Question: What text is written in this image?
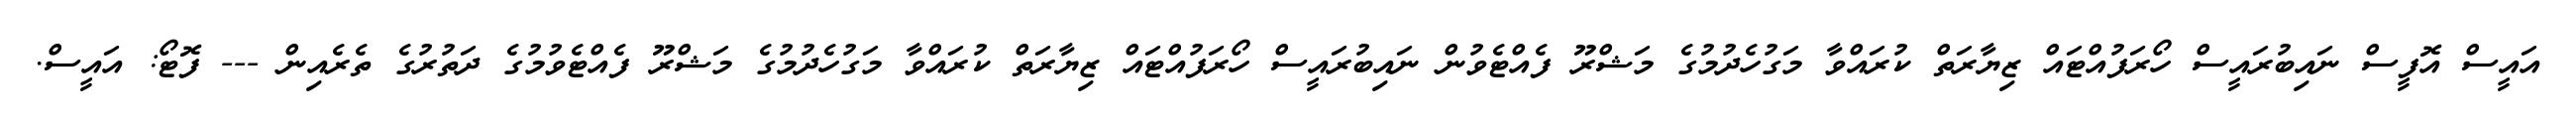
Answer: އައީސް އޮފީސް ނައިބުރައީސް ހޯރަފުއްޓައް ޒިޔާރަތް ކުރައްވާ މަގުހެދުމުގެ މަޝްރޫ ފެއްޓެވުން ނައިބުރައީސް ހޯރަފުއްޓައް ޒިޔާރަތް ކުރައްވާ މަގުހެދުމުގެ މަޝްރޫ ފެއްޓެވުމުގެ ދަތުރުގެ ތެރެއިން --- ފޮޓޯ: އައީސް.